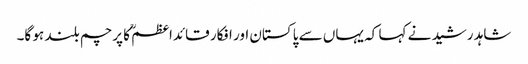
شاہد رشید نے کہا کہ یہاں سے پاکستان اور افکار قائداعظمؒ کا پرچم بلند ہو گا۔